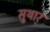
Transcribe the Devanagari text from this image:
सुथार्